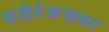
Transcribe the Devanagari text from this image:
मनोरंजनावर